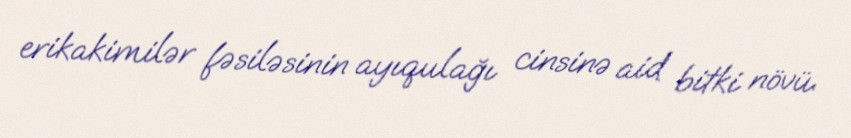
erikakimilər fəsiləsinin ayıqulağı cinsinə aid bitki növü.